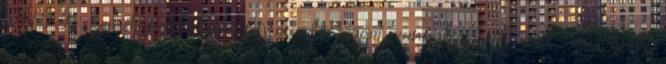
INFJ személynek olyan fajta adottságai vannak, amik más típusoknak